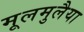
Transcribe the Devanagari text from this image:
मूलमुलैया